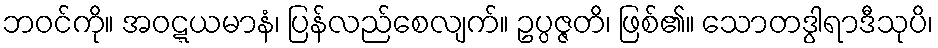
ဘဝင်ကို။ အဝဋ္ဋယမာနံ၊ ပြန်လည်စေလျက်။ ဥပ္ပဇ္ဇတိ၊ ဖြစ်၏။ သောတဒွါရာဒီသုပိ၊